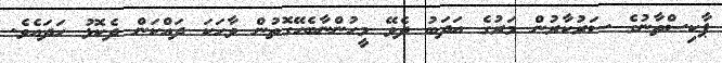
ޕާކިސްތާނުގެ ސަރުކާރުން މަރުގެ އަދަބު ދެވޭ މީހުންނާބެހޭގޮތުން ވާހަކަ ދައްކަން ދެކޮޅު ހަދައެވެ.